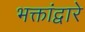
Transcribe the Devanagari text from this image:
भक्तांद्वारे